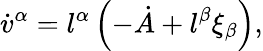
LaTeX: \dot{v}^{\alpha}=l^{\alpha}\left(-\dot{A}+l^{\beta}\xi_{\beta}\right),